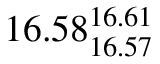
1 6 . 5 8 _ { 1 6 . 5 7 } ^ { 1 6 . 6 1 }